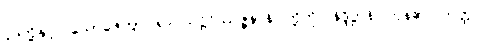
ပုဒ်တို့နှင့်။ ယောဇေတွာ၊ ၍။ သဋ္ဌိဝိဿဇ္ဇနာနိ၊ တို့ကို။ နိဒ္ဒိဋ္ဌာနိ၊ ကုန်၏။ တတ္ထ၊